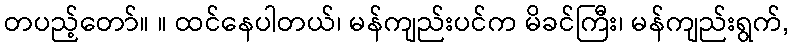
တပည့်တော်။ ။ ထင်နေပါတယ်၊ မန်ကျည်းပင်က မိခင်ကြီး၊ မန်ကျည်းရွက်,